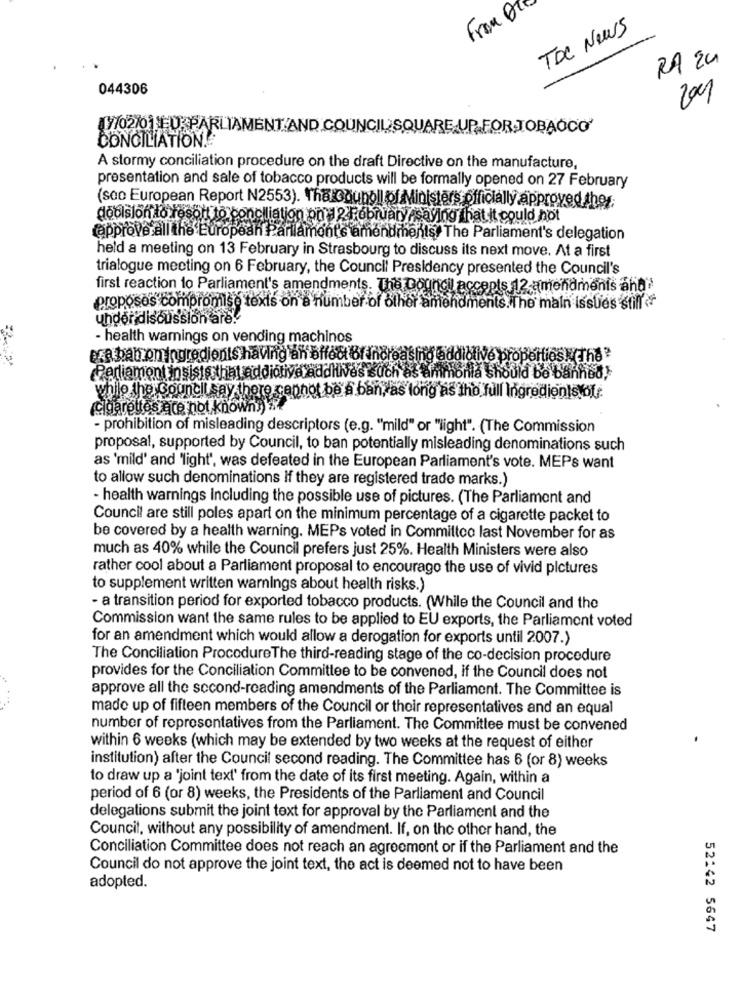
From
TDC News
RA 24
044306
9/02/01 EU PARLIAMENT AND.COUNCIL/SQUARE.UP.FORJOBAOCO'
CONCILIATION!
A stormy conciliation procedure on the draft Directive on the manufacture,
presentation and sale of tobacco products will be formally opened on 27 February
(seo European Report N2553). ThatQqunoll of Ministers officially approved ther;
doblslon to resort to conciliation on 2 February saying that it could not
approve all the European Parlamonts amendments! The Parliament's delegation
held a meeting on 13 February in Strasbourg to discuss its next move. At a first
trialogue meeting on 6 February, the Council Presidency presented the Council's
first reaction to Parliament's amendments. The Council accepts 12 amendments and
proposes compromise texts on a number of other amendments. The main issues still
under discussion are!
- health warnings on vending machines
era bam omingredients having an bffedt Bf in
blive properties (The?
Perliamont insiststhat addictive additives such as ammonia should be banned
while the Councilsay there cephe
be a ban, as long as tho full Ingredients of
cigarettes ace not knowny
- prohibition of misleading descriptors (e.g. "mild" or "light". (The Commission
proposal, supported by Council, to ban potentially misleading denominations such
as 'mild' and 'light", was defeated in the European Parliament's vote. MEPs want
to allow such denominations if they are registered trade marks.)
- health warnings Including the possible use of pictures. (The Parliament and
Council are still poles apart on the minimum percentage of a cigarette packet to
be covered by a health warning. MEPs voted in Committee last November for as
much as 40% while the Council prefers just 25%. Health Ministers were also
rather cool about a Parliament proposal to encourage the use of vivid pictures
to supplement written warnings about health risks.)
- a transition period for exported tobacco products. (While the Council and the
Commission want the same rules to be applied to EU exports, the Parliament voted
for an amendment which would allow a derogation for exports until 2007.)
The Conciliation ProcedureThe third-reading stage of the co-decision procedure
provides for the Conciliation Committee to be convened, if the Council does not
approve all the second-reading amendments of the Parliament. The Committee is
made up of fifteen members of the Council or their representatives and an equal
number of representatives from the Parliament. The Committee must be convened
within 6 weeks (which may be extended by two weeks at the request of either
institution) after the Council second reading. The Committee has 6 (or 8) weeks
to draw up a 'joint text' from the date of its first meeting. Again, within a
period of 6 (or 8) weeks, the Presidents of the Parliament and Council
delegations submit the joint text for approval by the Parliament and the
Council, without any possibility of amendment. If, on the other hand, the
Conciliation Committee does not reach an agreement or if the Parliament and the
Council do not approve the joint text, the act is deemed not to have been
adopted.
52142 5647